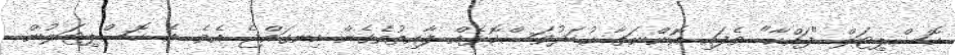
ހޮސްޕިޓަލް "ފައްކާ" ވެފައި އޮންނަތާ ކުޑަދުވަސްކޮޅެއް ފާއިތުވެގެން ހިނގައްޖެ އެވެ. އެ ހޮސްޕިޓަލުން